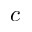
c